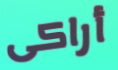
أراكى